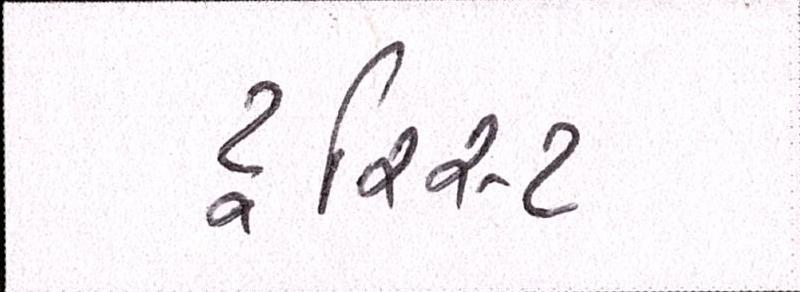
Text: ટૂરિસ્ટ